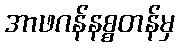
အာဖဂန်နစ္စတန်မှ